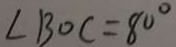
\angle B O C = 8 0 ^ { \circ }